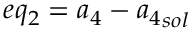
e q _ { 2 } = { a _ { 4 } } - { a _ { 4 } } _ { s o l }